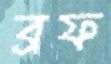
ব্রফ